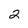
Character: 2